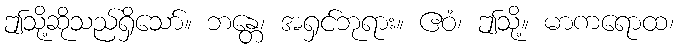
ဤသို့ဆိုသည်ရှိသော်။ ဘန္တေ၊ အရှင်ဘုရား။ ဧဝံ၊ ဤသို့။ မာကရောထ၊